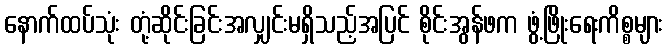
နောက်ထပ်သုံး တုံ့ဆိုင်းခြင်းအလျှင်းမရှိသည့်အပြင် စိုင်းအွန်ဖက ဖွံ့ဖြိုးရေးကိစ္စများ